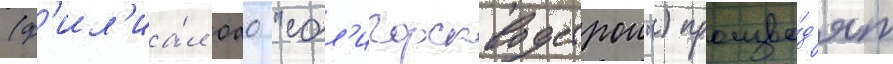
(ф'ил'иа́л оао "сол'игорскводстрои") произво́д'ят